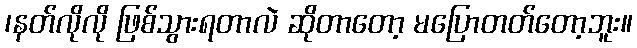
၊နတ်လိုလို ဖြစ်သွားရတာလဲ ဆိုတာတော့ မပြောတတ်တော့ဘူး။